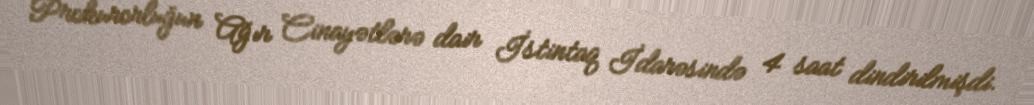
Prokurorluğun Ağır Cinayətlərə dair İstintaq İdarəsində 4 saat dindirilmişdi.